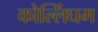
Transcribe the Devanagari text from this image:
कोल्लिंघम